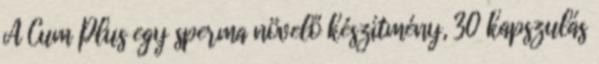
A Cum Plus egy sperma növelő készítmény, 30 kapszulás